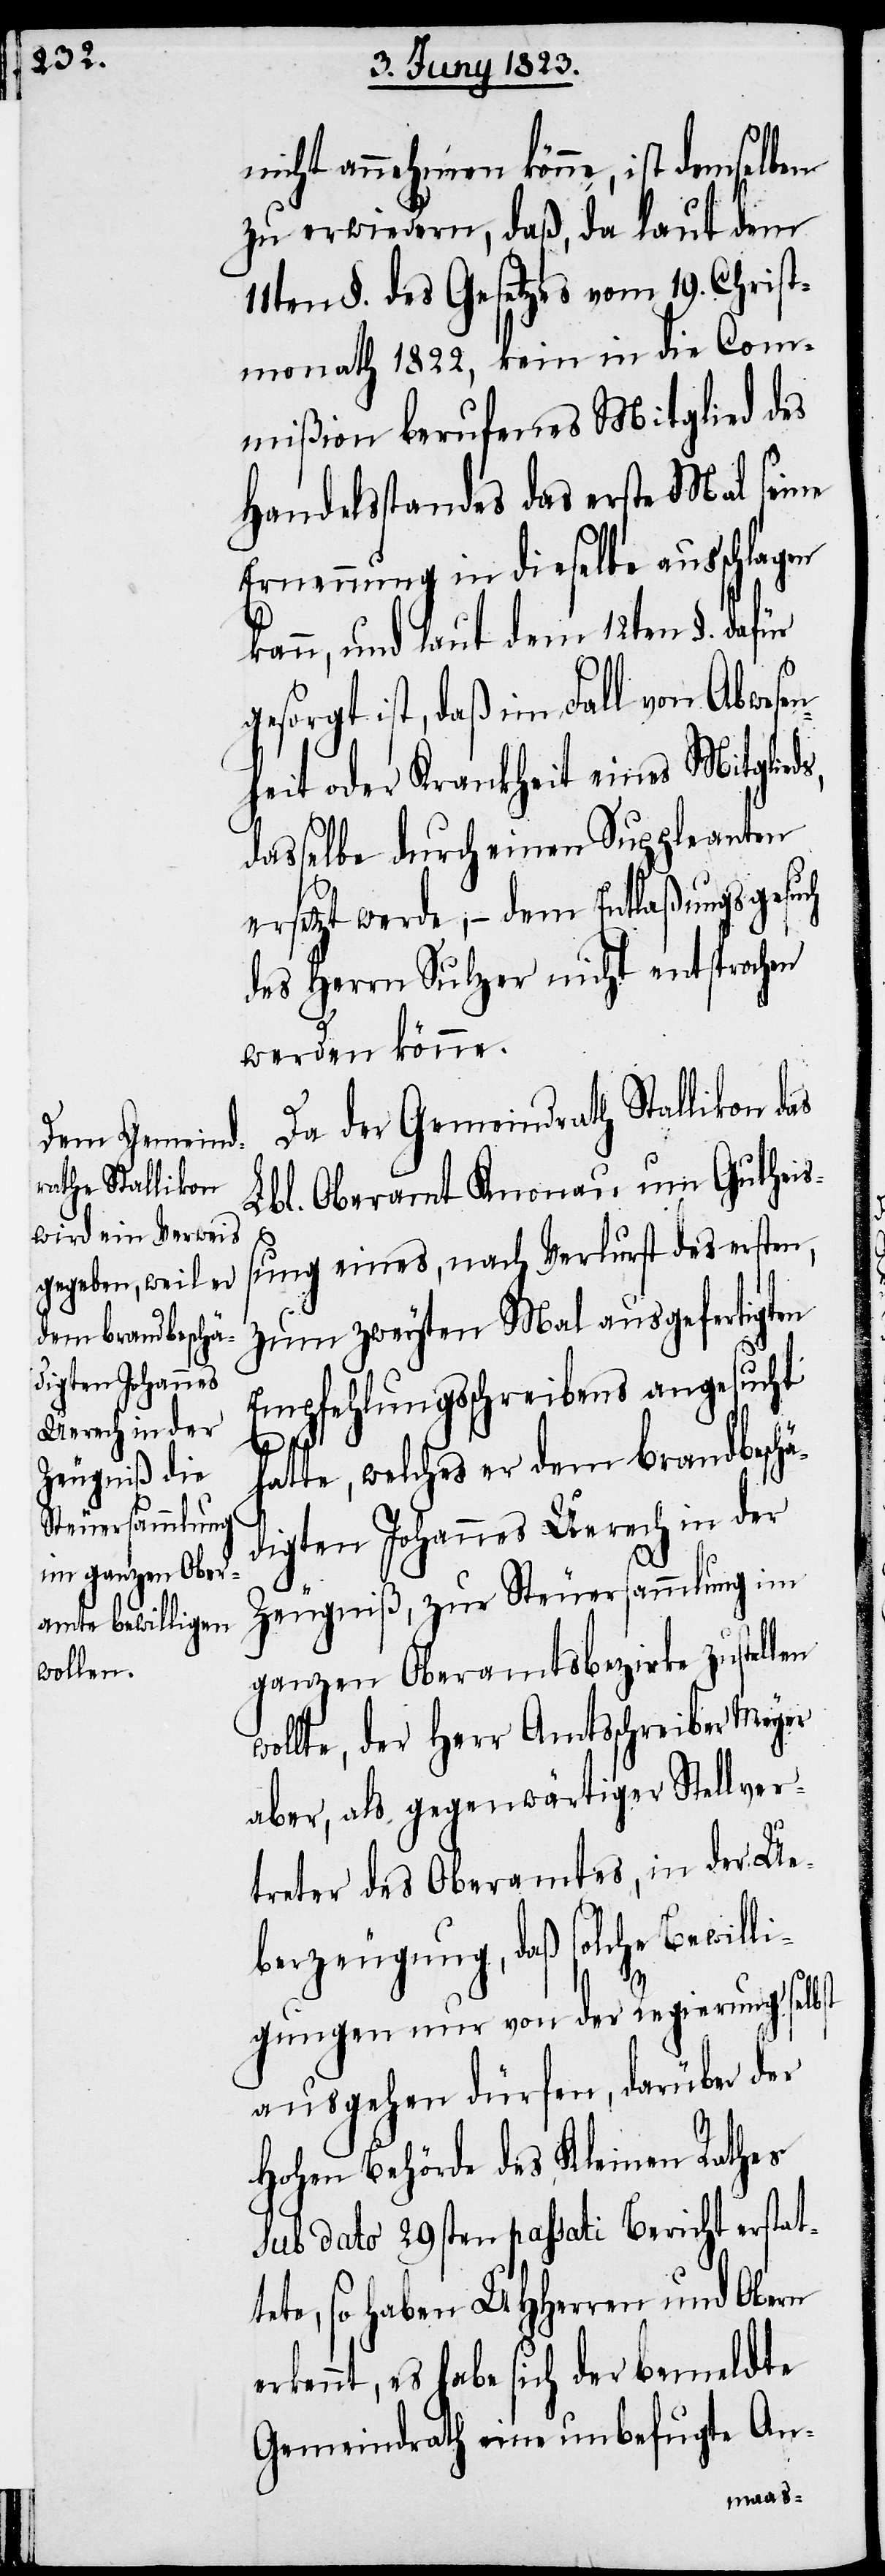
nicht annehmen könne, ist demselben
zu erwiedern, daß, da laut dem
11ten §. des Gesetzes vom 19. Christ¬
monath 1822, kein in die Com¬
mißion berufenes Mitglied des
Handelsstandes das erste Mal seine
Ernennung in dieselbe ausschlagen
kann, und laut dem 12ten §. dafür
gesorgt ist, daß im Fall von Abwese¬
nheit oder Krankheit eines Mitglie¬
dasselbe durch einen Suppleanten
ersetzt werde, – dem Entlaßungsgesuch
des Herrn Sulzer nicht entsprochen
werden könne.
Da der Gemeindrath Stallikon das
Lbl. Oberamt Knonau um Gutheiß¬
ung eines, nach Verlurst des ersten,
zum zweyten Mal ausgefertigten
Empfehlungsschreibens angesucht
llen
hatte, welches er dem brandbeschä¬
digten Johannes Uerech in der
Zeugniß, zur Steuersammlung im
ganzen Oberamtsbezirke zuste¬
wollte, der Herr Amtsschreiber Meyer
aber, als gegenwärtiger Stellver¬
treter des Oberamtes, in der Ue¬
berzeugung, daß solche Bewilli¬
gungen nur von der Regierung selbst
ausgehen dürfen, darüber der
Hohen Behörde des Kleinen Rathes
sub dato 29sten passati Bericht erstat¬
tete, so haben UHHerren und Obern
erkennt, es habe sich der bemeldte
Gemeindrath eine unbefugte An-